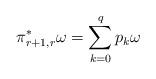
LaTeX: \begin{align*} \pi^*_{r+1,r} \omega = \sum_{k = 0}^q p_k \omega\end{align*}